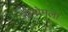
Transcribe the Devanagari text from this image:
जीनोमला